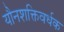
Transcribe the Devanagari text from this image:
यौनशक्तिवर्धक